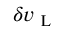
\boldsymbol { \delta v _ { \mathrm { ~ L ~ } } }